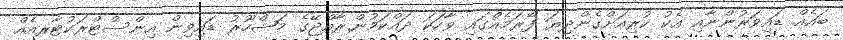
ބައެއް ޑައިވަރުންނާއި އެކު ކުރިއަށްގެންދިޔަ ފޯރަމެއްގައި ވާހަކަ ދައްކަމުން